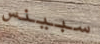
سبينس